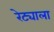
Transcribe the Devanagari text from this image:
रेट्याला